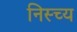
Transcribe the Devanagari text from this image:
निस्च्य